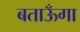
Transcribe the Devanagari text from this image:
बताऊँगा